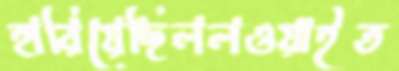
হারিয়েছিললওয়াইত